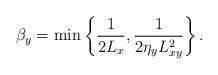
LaTeX: \begin{align*}\beta_y=\min\left\{ \frac{1}{2L_x}, \frac{1}{2\eta_y L_{xy}^2} \right\}.\end{align*}